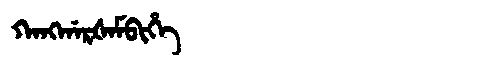
Manchu: ᡴᠠᠩᡤᠠᡵᡧᠠᠮᠪᡳᡥᡝ
Romanization: KANGGARŠAMBIHE